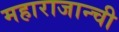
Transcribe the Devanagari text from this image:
महाराजान्ची